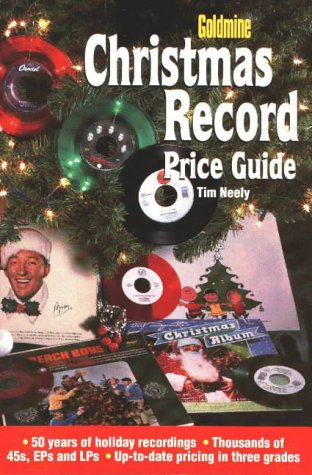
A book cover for Goldmine Christmas Record Price Guide; Tim Neely; Crafts, Hobbies & Home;